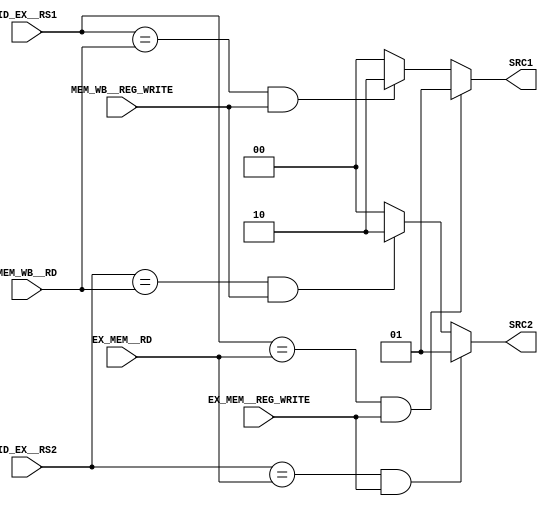
`timescale 1ns/1ps

module ForwardingUnit(
	input        [4:0]    ID_EX__RS1,
	input        [4:0]    ID_EX__RS2,
	input        [4:0]    EX_MEM__RD,
	input        [4:0]    MEM_WB__RD,
	input                 EX_MEM__REG_WRITE,
	input                 MEM_WB__REG_WRITE,
    output wire  [1:0]    SRC1,
    output wire  [1:0]    SRC2
	);

    // 0 : original signal, 1 : EX/MEM, 2 : MEM/WB

    assign SRC1 = (ID_EX__RS1==EX_MEM__RD && EX_MEM__REG_WRITE) ? 1 : (
                  (ID_EX__RS1==MEM_WB__RD && MEM_WB__REG_WRITE) ? 2 : 
                                                                  0   );

    assign SRC2 = (ID_EX__RS2==EX_MEM__RD && EX_MEM__REG_WRITE) ? 1 : (
                  (ID_EX__RS2==MEM_WB__RD && MEM_WB__REG_WRITE) ? 2 : 
                                                                  0   );



endmodule